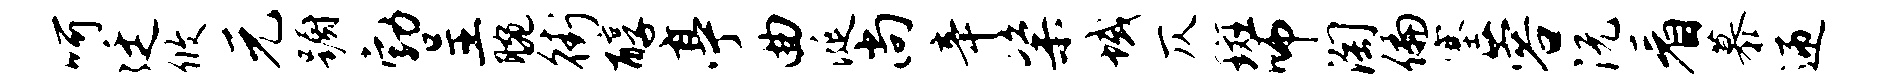
呵廷攸元蹰勃呈腕街醇亭曲涎尚辛粢域仄斑师淘偏塞蓉沅看慕迎